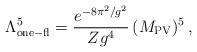
LaTeX: \begin{align*}\Lambda^5_{\rm one-fl}=\frac{e^{-8\pi^2/g^2}}{Z g^4}\,(M_{\rm PV})^{5}\,,\end{align*}